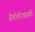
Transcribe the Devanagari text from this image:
सेवोलोज्हसकी